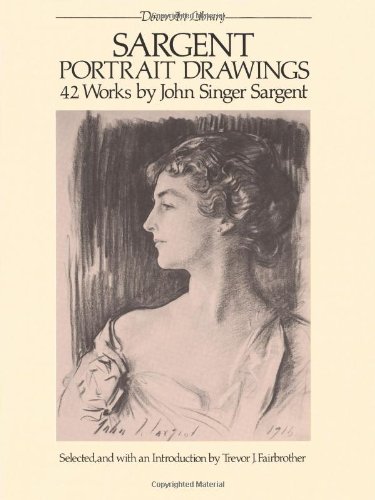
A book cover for Sargent Portrait Drawings: 42 Works by John Singer Sargent (Dover Art Library); John Singer Sargent; Arts & Photography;